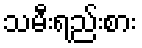
သမီးရည်းစား